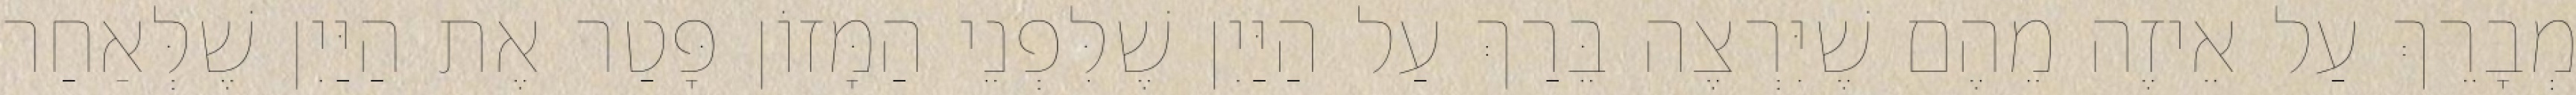
מְבָרֵךְ עַל אֵיזֶה מֵהֶם שֶׁיִּרְצֶה בֵּרַךְ עַל הַיַּיִן שֶׁלִּפְנֵי הַמָּזוֹן פָּטַר אֶת הַיַּיִן שֶׁלְּאַחַר